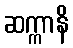
ဆက္ကာနိ